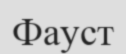
Фауст